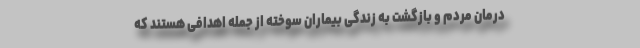
درمان مردم و بازگشت به زندگی بیماران سوخته از جمله اهدافی هستند که